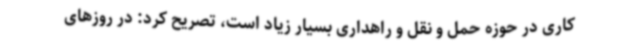
کاری در حوزه حمل و نقل و راهداری بسیار زیاد است، تصریح کرد: در روزهای